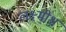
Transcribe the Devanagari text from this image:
लक्ष्मीश्च